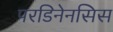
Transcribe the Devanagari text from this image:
परडिनेनसिस